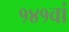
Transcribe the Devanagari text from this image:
१४१वां